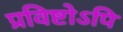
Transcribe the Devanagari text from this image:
प्रविष्टोऽपि